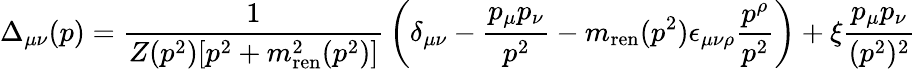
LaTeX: \Delta_{\mu\nu}(p)={\frac{1}{Z(p^{2})[p^{2}+m_{\mathrm{ren}}^{2}(p^{2})]}}\left(\delta_{\mu\nu}-{\frac{p_{\mu}p_{\nu}}{p^{2}}}-m_{\mathrm{ren}}(p^{2})\epsilon_{\mu\nu\rho}{\frac{p^{\rho}}{p^{2}}}\right)+\xi{\frac{p_{\mu}p_{\nu}}{(p^{2})^{2}}}